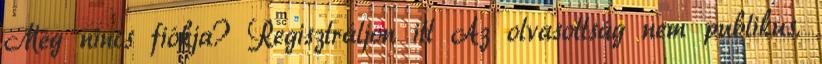
Még nincs fiókja? Regisztráljon itt Az olvasottság nem publikus.